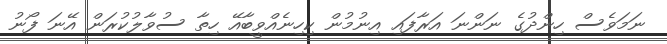
ނަމަވެސް ހިންދުގެ ނަންނަ އަރާފައި އިނުމުން ކިހިނެއްވީބާއޭ ހިތާ ސުވާލުކުރަން އޭނަ ފޯނު